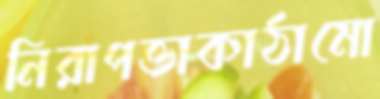
নিরাপত্তাকাঠামো